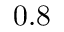
0 . 8